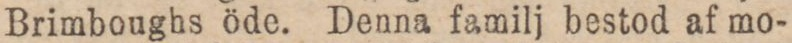
Brimboughs öde. Denna familj bestod af mo-